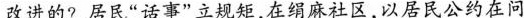
改进的?居民“话事”立规矩，在绢麻社区，以居民公约在问